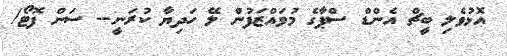
އޮޅުވެލި ބީޗް އެންޑް ސްޕާގެ މުވައްޒަފުން ލޭ ހަދިޔާ ކުރަނީ-- ސަން ފޮޓޯ/